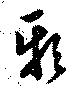
頼